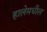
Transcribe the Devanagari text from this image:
हालेमधील